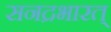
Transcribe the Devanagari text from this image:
सनद्रभारत्